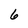
Character: 6